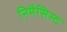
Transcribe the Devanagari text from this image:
निमैसिस्ट